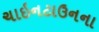
ચાઇનટાઉનના